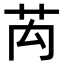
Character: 𮎤